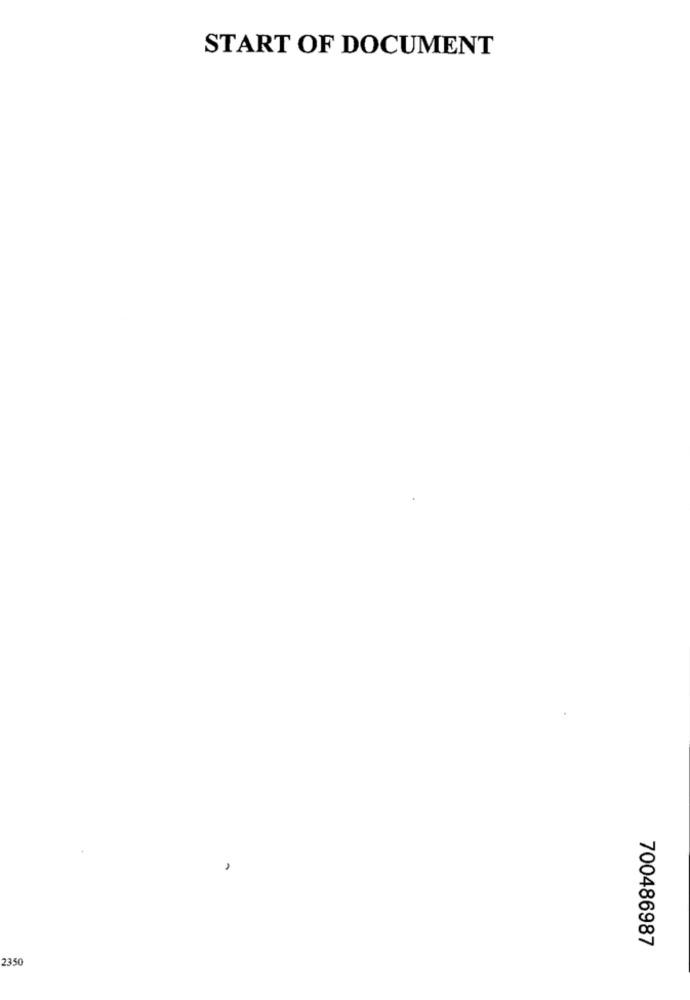
START OF DOCUMENT
700486987
2350